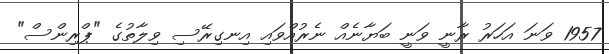
1957 ވަނަ އަހަރު ރާނީ ވަނީ ބަޔާނެއް ނެރުއްވައި އިނގިރޭސި ވިލާތުގެ "ޕްރިންސް"